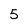
Character: 5